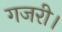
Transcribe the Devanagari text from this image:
गजरी।